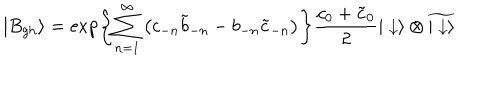
LaTeX: | B _ { \mathrm { g h } } \rangle = \exp \left\{ \sum _ { n = 1 } ^ { \infty } \left( c _ { - n } { \tilde { b } } _ { - n } - b _ { - n } { \tilde { c } } _ { - n } \right) \right\} { \frac { c _ { 0 } + { \tilde { c } } _ { 0 } } { 2 } } | \downarrow \rangle \otimes \widetilde { | \downarrow \rangle }